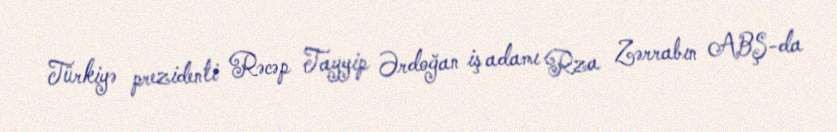
Türkiyə prezidenti Rəcəp Tayyip Ərdoğan iş adamı Rza Zərrabın ABŞ-da